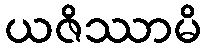
ယဇိဿာမိ